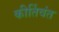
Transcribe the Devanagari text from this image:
कीर्तिवंत